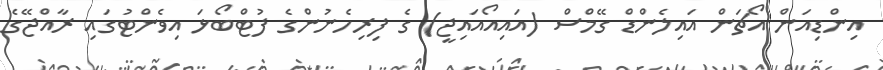
އިންޑިއަން އޯޗަން އައިލެންޑް ގޭމްސް (އައިއޯއައިޖީ) ގެ ފިރިހެނުންގެ ފުޓްބޯޅަ އިވެންޓުގައި ރާއްޖޭގެ